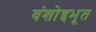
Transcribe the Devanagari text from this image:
वंशोद्दभूत